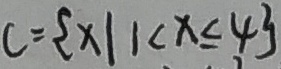
C = \{ x \vert 1 < x \leq 4 \}